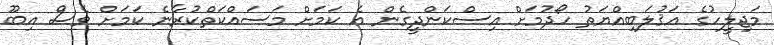
މަޖިލީހުގެ އަޤުލަބިއްޔަތު ހޯދުމަށް އިސްކަންދީގެން އެ ކަމަށް މަސައްކަތްކުރާނެ ކަމަށް ވެސް އިބޫ